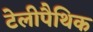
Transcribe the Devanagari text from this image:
टेलीपैथिक